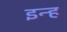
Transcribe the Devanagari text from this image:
इन्ह